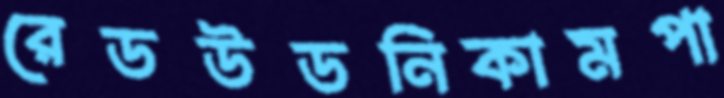
রেডউডনিকামপা